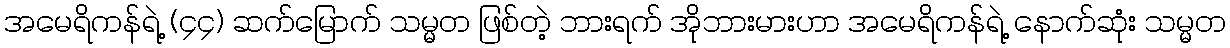
အမေရိကန်ရဲ့ (၄၄) ဆက်မြောက် သမ္မတ ဖြစ်တဲ့ ဘားရက် အိုဘားမားဟာ အမေရိကန်ရဲ့ နောက်ဆုံး သမ္မတ